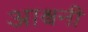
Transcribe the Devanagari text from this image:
आश्र्वनी